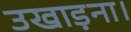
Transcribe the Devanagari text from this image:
उखाड़ना।